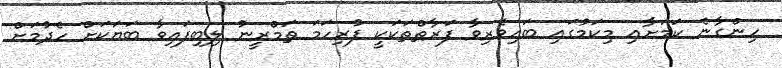
ހިންގާނެ ކަމަށާއި މިކަމުގައި ބައިވެރިވާ ފަރާތްތަކަކީ ފުރިހަމަ ތަމްރީނު ލިބިފައިވާ ބަޔަކަށް ހެދުމަށް